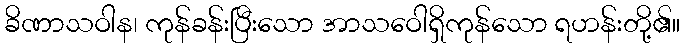
ခိဏာသဝါန၊ ကုန်ခန်းပြီးသော အာသဝေါရှိကုန်သော ရဟန်းတို့၏။